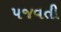
પજવતી